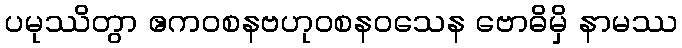
ပမုဿိတွာ ဧကဝစနဗဟုဝစနဝသေန ဗောဓိမှိ နာမဿ